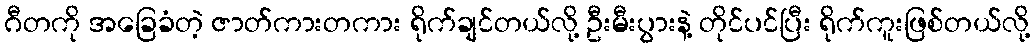
ဂီတကို အခြေခံတဲ့ ဇာတ်ကားတကား ရိုက်ချင်တယ်လို့ ဦးမီးပွားနဲ့ တိုင်ပင်ပြီး ရိုက်ကူးဖြစ်တယ်လို့